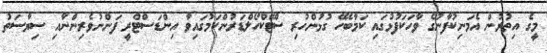
މީގެ އިތުރުން އެމަނިކުފާނުގެ ވާހަކަފުޅުގައި ކަމާބެހޭ ގުޅުންހުރި ސްޓޭކްހޯލްޑަރުންކަމުގައިވާ އިންޑަސްޓްރީ ފަންނުވެރިންނާއި ސިޔާސަތު